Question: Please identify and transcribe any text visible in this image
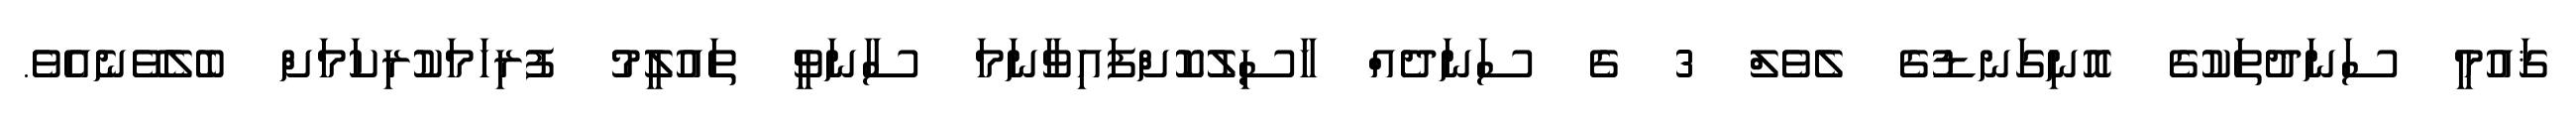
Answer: ޤައުމީ ސަނަދުތަކުގެ އޮނިގަނޑުގެ ލެވެލް 3 ގެ ސަނަދެއް ހާސިލުކޮށްފައިވާނަމަ ސާނަވީ ތައުލީމު ފުރިހަމަކުރިކަމަށް ބެލެވޭނެއެވެ.